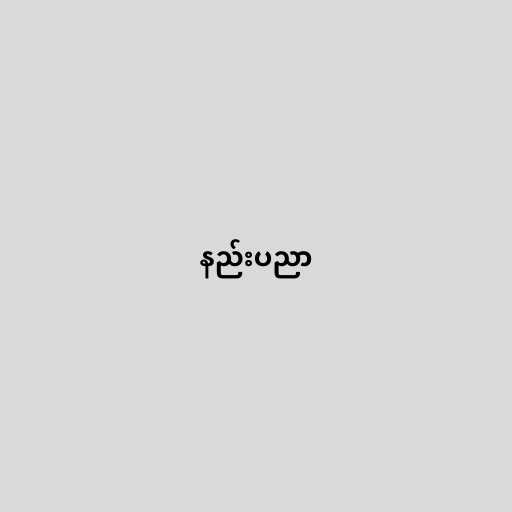
နည်းပညာ